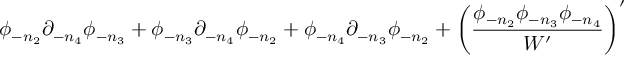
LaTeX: \phi _ { - n _ { 2 } } \partial _ { - n _ { 4 } } \phi _ { - n _ { 3 } } + \phi _ { - n _ { 3 } } \partial _ { - n _ { 4 } } \phi _ { - n _ { 2 } } + \phi _ { - n _ { 4 } } \partial _ { - n _ { 3 } } \phi _ { - n _ { 2 } } + \left( { \frac { \phi _ { - n _ { 2 } } \phi _ { - n _ { 3 } } \phi _ { - n _ { 4 } } } { W ^ { \prime } } } \right) ^ { \prime }